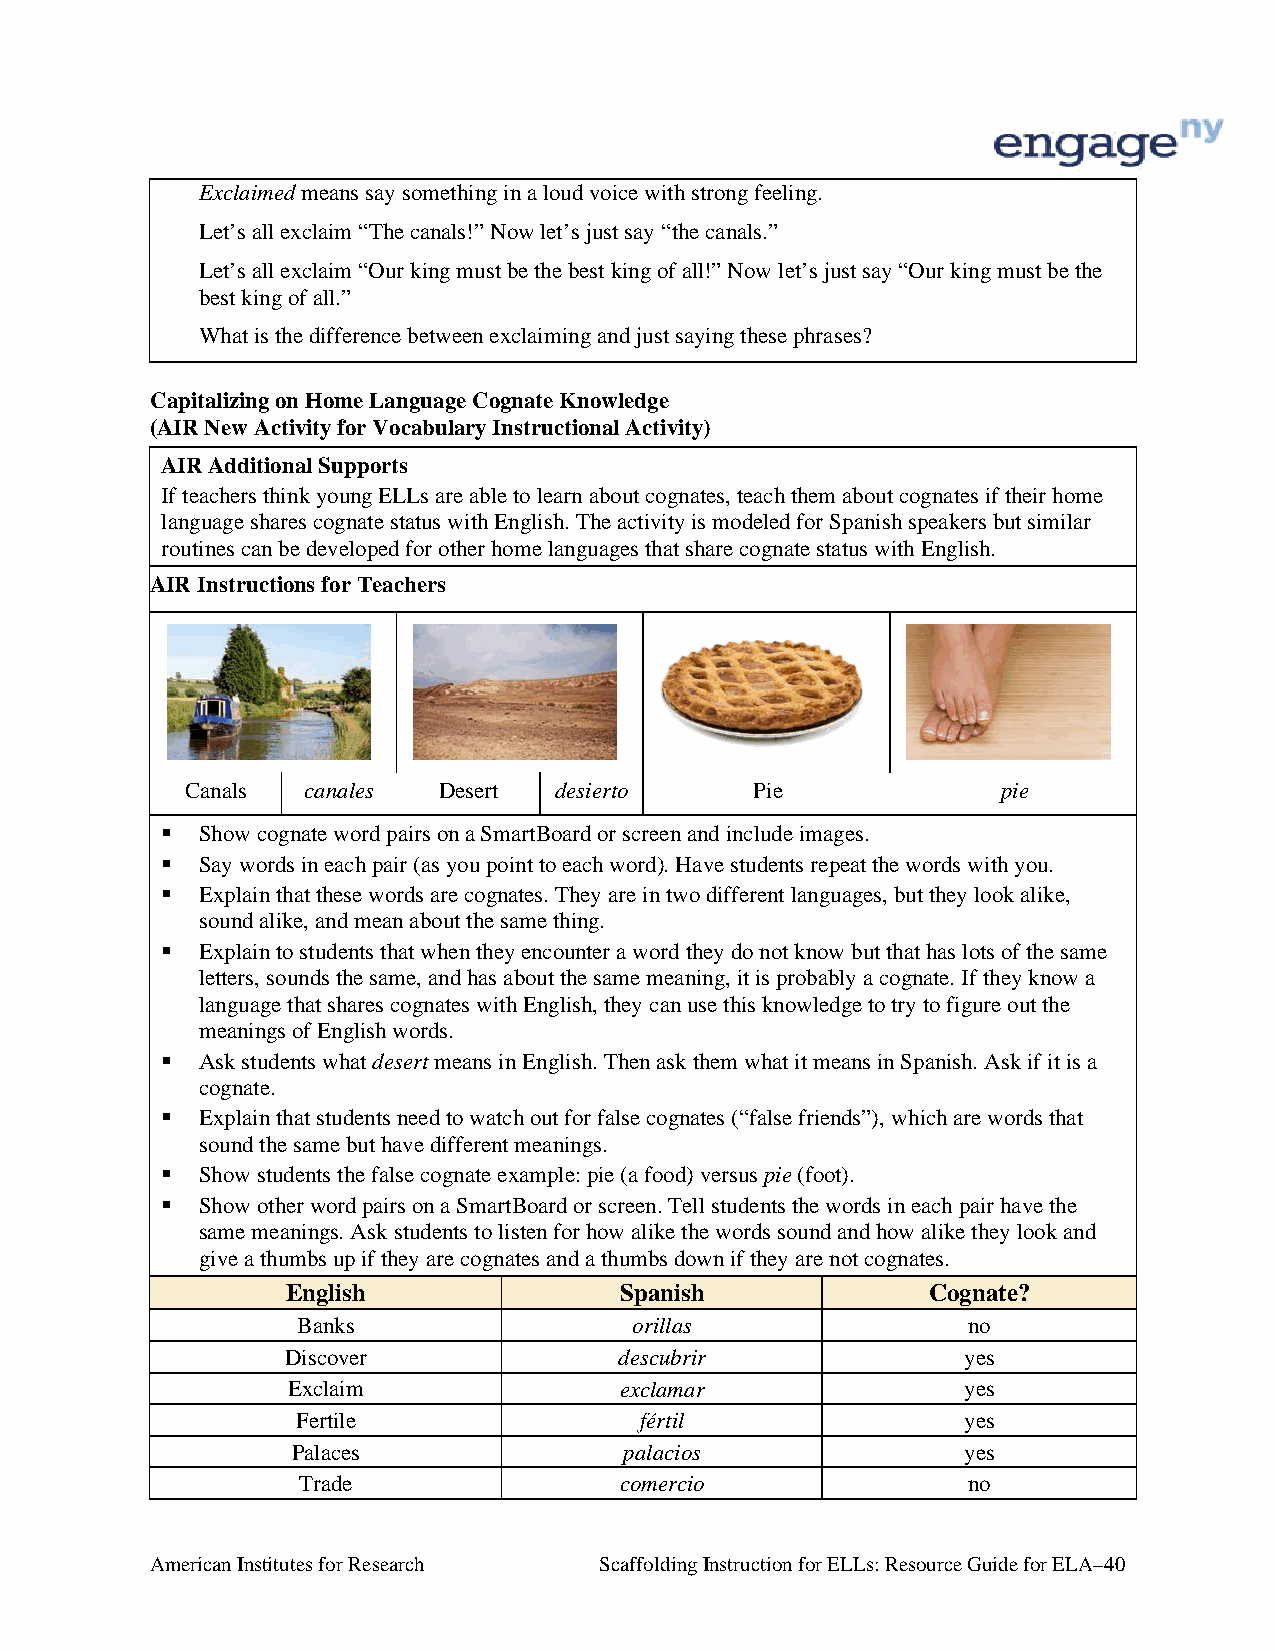
Exclaimed means say something in a loud voice with strong feeling.
 Let’s all exclaim “The canals!” Now let’s just say “the canals.”
 Let’s all exclaim “Our king must be the best king of all!” Now let’s just say “Our king must be the
 best king of all.”
 What is the difference between exclaiming and just saying these phrases?
 Capitalizing on Home Language Cognate Knowledge
 (AIR New Activity for Vocabulary Instructional Activity)
 AIR Additional Supports
 If teachers think young ELLs are able to learn about cognates, teach them about cognates if their home
 language shares cognate status with English. The activity is modeled for Spanish speakers but similar
 routines can be developed for other home languages that share cognate status with English.
 AIR Instructions for Teachers
 Canals  canales  Desert  desierto     Pie             pie
  Show cognate word pairs on a SmartBoard or screen and include images.
  Say words in each pair (as you point to each word). Have students repeat the words with you.
  Explain that these words are cognates. They are in two different languages, but they look alike,
 sound alike, and mean about the same thing.
  Explain to students that when they encounter a word they do not know but that has lots of the same
 letters, sounds the same, and has about the same meaning, it is probably a cognate. If they know a
 language that shares cognates with English, they can use this knowledge to try to figure out the
 meanings of English words.
  Ask students what desert means in English. Then ask them what it means in Spanish. Ask if it is a
 cognate.
  Explain that students need to watch out for false cognates (“false friends”), which are words that
 sound the same but have different meanings.
  Show students the false cognate example: pie (a food) versus pie (foot).
  Show other word pairs on a SmartBoard or screen. Tell students the words in each pair have the
 same meanings. Ask students to listen for how alike the words sound and how alike they look and
 give a thumbs up if they are cognates and a thumbs down if they are not cognates.
 English               Spanish             Cognate?
 Banks                 orillas               no
 Discover              descubrir              yes
 Exclaim               exclamar               yes
 Fertile               fértil                yes
 Palaces               palacios               yes
 Trade                comercio               no
 American Institutes for Research Scaffolding Instruction for ELLs: Resource Guide for ELA–40